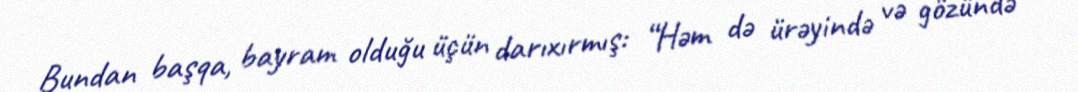
Bundan başqa, bayram olduğu üçün darıxırmış: “Həm də ürəyində və gözündə